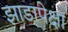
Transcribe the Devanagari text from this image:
झाडापेक्षा